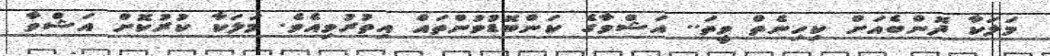
މަލަކާ ދޮންބެއަށް ކިހިނެތް ވީތަ.. އަޝްވާގެ ކަންބޮޑުވުންތައް އިތުރުވިއެވެ. މަލަކާ ކުރުކޮށް އަޝްވާ